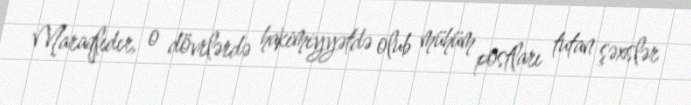
Maraqlıdır, o dövrlərdə hakimiyyətdə olub mühüm postları tutan şəxslər